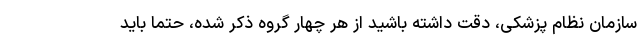
سازمان نظام پزشکی، دقت داشته باشید از هر چهار گروه ذکر شده، حتما باید